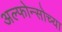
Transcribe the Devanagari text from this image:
अल्फोन्सोच्या